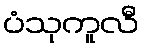
ပံသုကူလီ